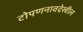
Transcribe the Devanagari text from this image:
टोपणनावदेखील